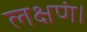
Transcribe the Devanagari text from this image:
लक्षणं।